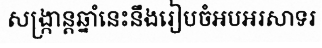
សង្ក្រាន្តឆ្នាំនេះនឹងរៀបចំអបអរសាទរ